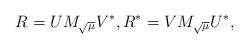
LaTeX: \begin{align*} R = U M_{\sqrt{\mu}} V^*,R^* = V M_{\sqrt{\mu}} U^*,\end{align*}